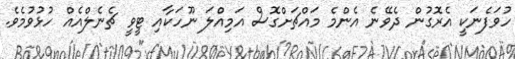
ހުވަފެނަކީ އެރޮގުން ދެވޭނެ އެންމެ މައްޗަށްގޮސް އަމިއްލަ ނޫހަކާއި ޓީވީ ޗެނެލްއެއް ހުޅުވުމެވެ.